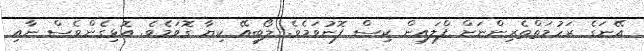
އޭނަގެ ރަހުމަތްތެރިންނަށް ފްލައިން ކިސް ފޮނުވަމެވެ. ލޯބީއޭ ކިޔާ ގޮވަމެވެ. އޮޅިގެންވެސް ނާއި